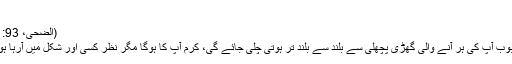
‘‘
(الضحیٰ، 93: 4)
محبوب آپ کی ہر آنے والی گھڑی پچھلی سے بلند سے بلند تر ہوتی چلی جائے گی، کرم آپ کا ہوگا مگر نظر کسی اور شکل میں آرہا ہوگا۔